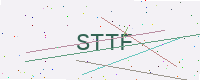
Text: STTF